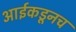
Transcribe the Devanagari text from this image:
आईकडूनच